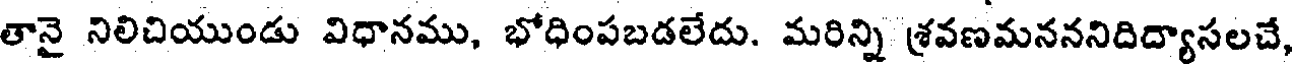
తానై నిలిచియుండు విధానము, భోధింపబడలేదు. మరిన్ని శ్రవణమనననిదిద్యాసలచే,